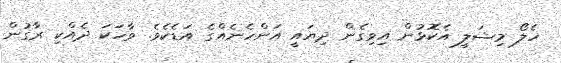
ހެލޯ މިޝަލީ އެކޮޅުން އިވިގެން ދިޔައީ އަންހެނެއްގެ އަޑެކެވެ. ވާހަކަ ދެއްކި ރާގުން